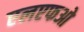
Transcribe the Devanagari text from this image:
एलएफओ